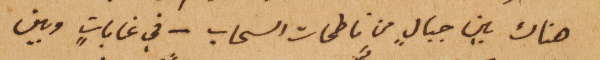
هناك بين جبالٍ من ناطحات السحاب – في غاباتٍ وبين